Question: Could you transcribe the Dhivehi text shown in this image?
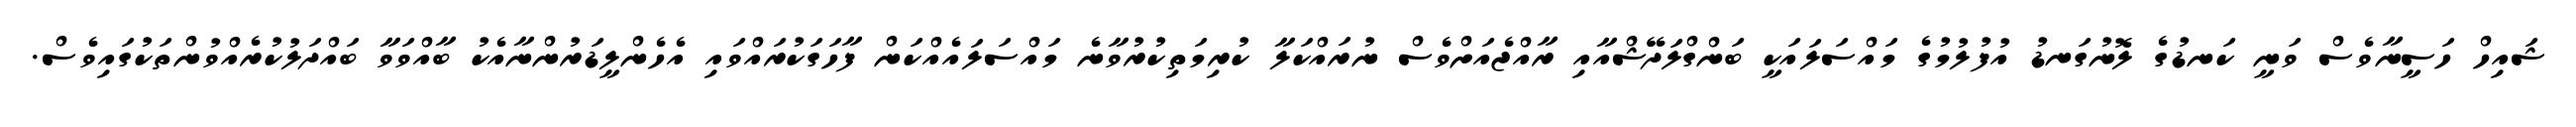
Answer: ޝައިހް ހަސީނާވެސް ވަނީ ކަނޑުގެ ލޮނުގަނޑު އުފުލުމުގެ މައްސަލައަކީ ބަންގްލަދޭޝްއާއި ރާއްޖެއަށްވެސް ނުރައްކަލާ ކުރިމަތިކުރުވާނެ މައްސަލައެއްކަން ފާހަގަކުރައްވައި އެހެންލީޑަރުންނާއެކު ބާއްވަވާ ބައްދަލުކުރެއްވުންތަކުގައިވެސް.